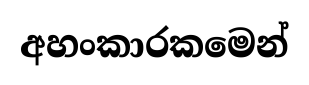
අහංකාරකමෙන්